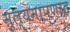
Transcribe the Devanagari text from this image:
मुल्यमापणात